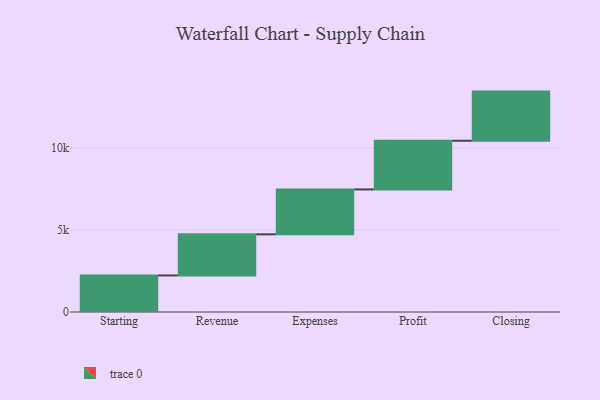
{"axis": {"x": "Step", "y": "Value"}, "legend": [""], "data": [{"x": "Starting", "y": 2232.0, "type": ""}, {"x": "Revenue", "y": 2510.0, "type": ""}, {"x": "Expenses", "y": 2740.0, "type": ""}, {"x": "Profit", "y": 2972.0, "type": ""}, {"x": "Closing", "y": 3000, "type": ""}]}